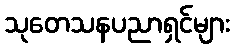
သုတေသနပညာရှင်များ